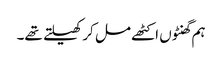
ہم گھنٹوں اکٹھے مل کر کھیلتے تھے۔